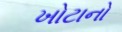
ખોટાનો